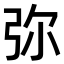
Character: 弥